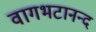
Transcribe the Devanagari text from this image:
वागभटानन्द